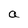
Character: a